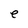
Character: e